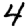
Digit: 4